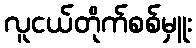
လူငယ်တိုက်စစ်မှူး